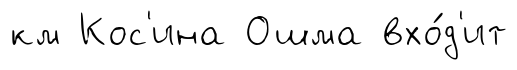
км Кос'ина Ошма вхо́д'ит